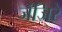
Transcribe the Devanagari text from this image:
जंजिरे